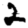
Digit: 2